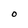
Character: O